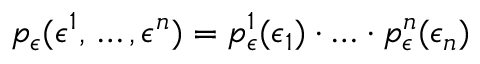
p _ { \epsilon } ( \epsilon ^ { 1 } , \, \ldots , \epsilon ^ { n } ) = p _ { \epsilon } ^ { 1 } ( \epsilon _ { 1 } ) \cdot \ldots \cdot p _ { \epsilon } ^ { n } ( \epsilon _ { n } )